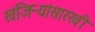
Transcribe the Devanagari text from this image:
खंजिऱ्यांसारखी